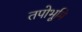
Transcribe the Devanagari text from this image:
तपोभूमि